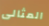
المثالى